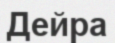
Дейра